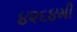
૪૨૬૪મી